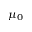
\mu _ { 0 }